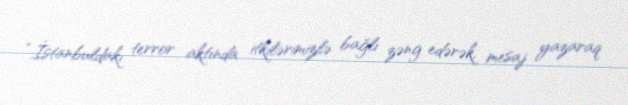
“İstanbuldakı terror aktında itkilərimizlə bağlı zəng edərək, mesaj yazaraq